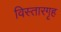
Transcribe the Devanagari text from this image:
विस्तारगृह